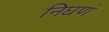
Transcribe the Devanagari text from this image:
निघणं